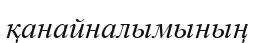
қанайналымының